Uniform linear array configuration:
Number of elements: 24
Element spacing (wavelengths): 0.25
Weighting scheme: uniform
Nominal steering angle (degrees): -30
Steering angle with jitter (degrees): -28.357
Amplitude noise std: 0.05
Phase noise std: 0.05

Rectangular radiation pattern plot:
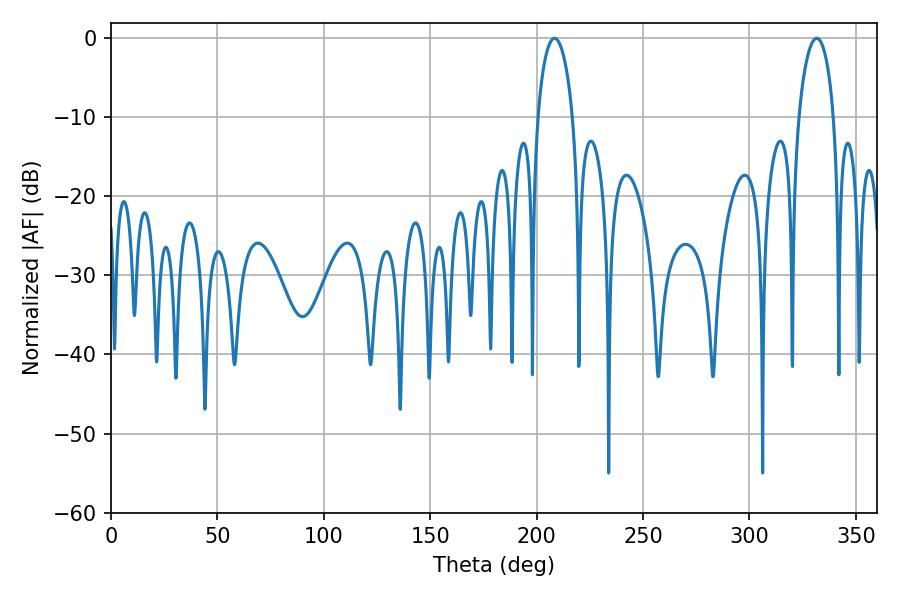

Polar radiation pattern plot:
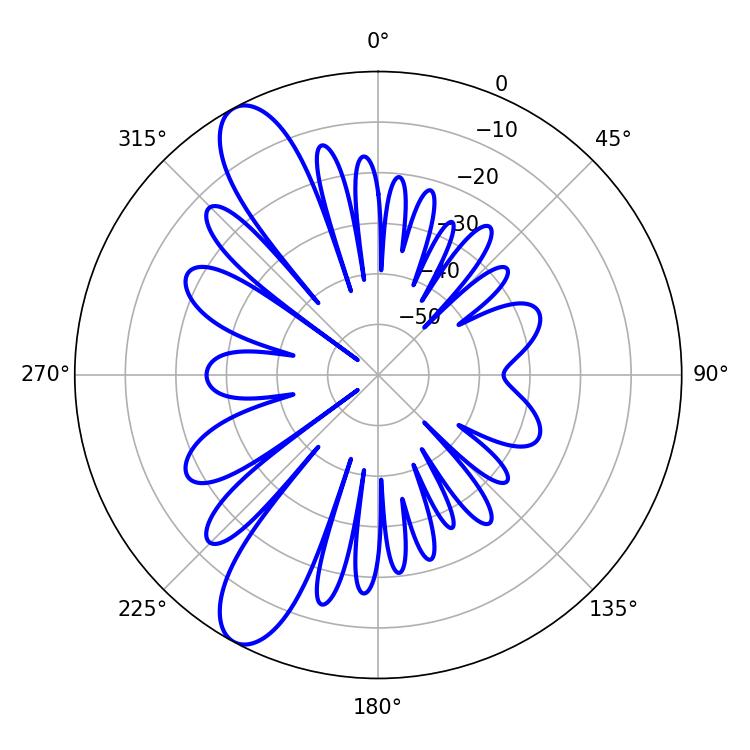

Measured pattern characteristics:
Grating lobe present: FALSE
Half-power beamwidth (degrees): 9.54
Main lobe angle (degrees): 208.44